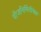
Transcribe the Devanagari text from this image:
वीजनिर्मितीपेक्षा